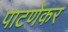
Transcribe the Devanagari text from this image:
पाटणेकर